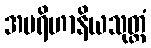
အပရိဟာနိယသုတ္တံ